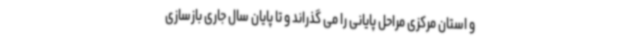
و استان مرکزی مراحل پایانی را می گذراند و تا پایان سال جاری بازسازی